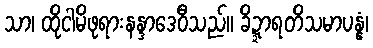
သာ၊ ထိုငါမိဖုရားနန္ဒာဒေဝီသည်။ ခိဍ္ဍာရတိသမာပန္နံ၊